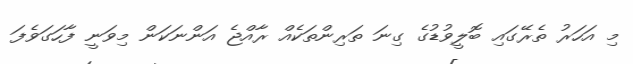
މި އަހަރު ތެރޭގައި ބޮލީވުޑުގެ ގިނަ ތަރިންތަކެއް ރާއްޖެ އަންނަކަން މިވަނީ ފާހަގަވެފަ